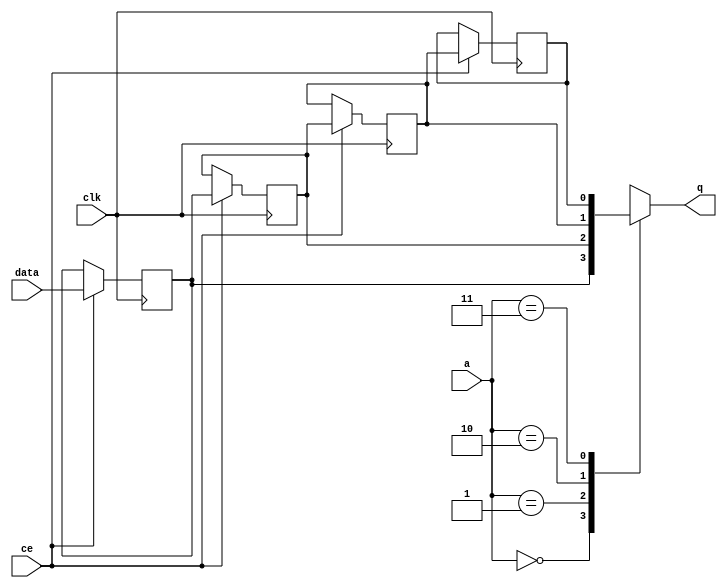


`timescale 1 ns / 1 ps

module kernel_kcore_start_for_write_back53_U0_shiftReg (
    clk,
    data,
    ce,
    a,
    q);

parameter DATA_WIDTH = 32'd1;
parameter ADDR_WIDTH = 32'd2;
parameter DEPTH = 3'd4;

input clk;
input [DATA_WIDTH-1:0] data;
input ce;
input [ADDR_WIDTH-1:0] a;
output [DATA_WIDTH-1:0] q;

reg[DATA_WIDTH-1:0] SRL_SIG [0:DEPTH-1];
integer i;

always @ (posedge clk)
    begin
        if (ce)
        begin
            for (i=0;i<DEPTH-1;i=i+1)
                SRL_SIG[i+1] <= SRL_SIG[i];
            SRL_SIG[0] <= data;
        end
    end

assign q = SRL_SIG[a];

endmodule

module kernel_kcore_start_for_write_back53_U0 (
    clk,
    reset,
    if_empty_n,
    if_read_ce,
    if_read,
    if_dout,
    if_full_n,
    if_write_ce,
    if_write,
    if_din);

parameter MEM_STYLE   = "shiftreg";
parameter DATA_WIDTH  = 32'd1;
parameter ADDR_WIDTH  = 32'd2;
parameter DEPTH       = 3'd4;

input clk;
input reset;
output if_empty_n;
input if_read_ce;
input if_read;
output[DATA_WIDTH - 1:0] if_dout;
output if_full_n;
input if_write_ce;
input if_write;
input[DATA_WIDTH - 1:0] if_din;

wire[ADDR_WIDTH - 1:0] shiftReg_addr ;
wire[DATA_WIDTH - 1:0] shiftReg_data, shiftReg_q;
wire                     shiftReg_ce;
reg[ADDR_WIDTH:0] mOutPtr = ~{(ADDR_WIDTH+1){1'b0}};
reg internal_empty_n = 0;
reg internal_full_n = 1;

assign if_full_n = internal_full_n;
assign if_empty_n = internal_empty_n;
assign shiftReg_data = if_din;
assign if_dout = shiftReg_q;

always @ (posedge clk) begin
    if (reset == 1'b1)
    begin
        mOutPtr <= ~{ADDR_WIDTH+1{1'b0}};
        internal_empty_n <= 1'b0;
        internal_full_n <= 1'b1;
    end
    else begin
        if (((if_read & if_read_ce) == 1 & internal_empty_n == 1) && 
            ((if_write & if_write_ce) == 0 | internal_full_n == 0))
        begin
            mOutPtr <= mOutPtr - 3'd1;
            if (mOutPtr == 3'd0)
                internal_empty_n <= 1'b0;
            internal_full_n <= 1'b1;
        end 
        else if (((if_read & if_read_ce) == 0 | internal_empty_n == 0) && 
            ((if_write & if_write_ce) == 1 & internal_full_n == 1))
        begin
            mOutPtr <= mOutPtr + 3'd1;
            internal_empty_n <= 1'b1;
            if (mOutPtr == DEPTH - 3'd2)
                internal_full_n <= 1'b0;
        end 
    end
end

assign shiftReg_addr = mOutPtr[ADDR_WIDTH] == 1'b0 ? mOutPtr[ADDR_WIDTH-1:0]:{ADDR_WIDTH{1'b0}};
assign shiftReg_ce = (if_write & if_write_ce) & internal_full_n;

kernel_kcore_start_for_write_back53_U0_shiftReg 
#(
    .DATA_WIDTH(DATA_WIDTH),
    .ADDR_WIDTH(ADDR_WIDTH),
    .DEPTH(DEPTH))
U_kernel_kcore_start_for_write_back53_U0_ram (
    .clk(clk),
    .data(shiftReg_data),
    .ce(shiftReg_ce),
    .a(shiftReg_addr),
    .q(shiftReg_q));

endmodule